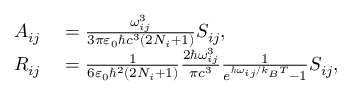
\begin{array} { r l } { A _ { i j } } & { { } = \frac { \omega _ { i j } ^ { 3 } } { 3 \pi \varepsilon _ { 0 } \hbar c ^ { 3 } ( 2 N _ { i } + 1 ) } S _ { i j } , } \\ { R _ { i j } } & { { } = \frac { 1 } { 6 \varepsilon _ { 0 } \hbar ^ { 2 } ( 2 N _ { i } + 1 ) } \frac { 2 \hbar \omega _ { i j } ^ { 3 } } { \pi c ^ { 3 } } \frac { 1 } { e ^ { \hbar \omega _ { i j } / k _ { B } T } - 1 } S _ { i j } , } \end{array}